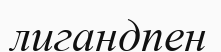
лигандпен